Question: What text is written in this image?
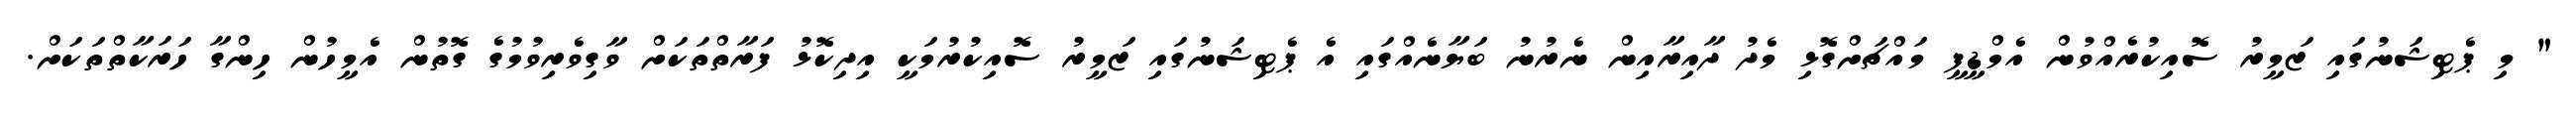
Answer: " މި ޕެޓިޝަނުގައި ޒަމީރު ސޮއިކުރެއްވުން އެމްޑީޕީ މައްޗަށްގޮޅި މެދު ދާއިރާއިން ނެރުނު ބަޔާނެއްގައި އެ ޕެޓިޝަނުގައި ޒަމީރު ސޮއިކުރުމަކީ އިދިކޮޅު ފަރާތްތަކަށް ވާގިވެރިވުމުގެ ގޮތުން އެމީހުން ހިންގާ ހަރަކާތްތަކަށް.